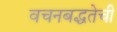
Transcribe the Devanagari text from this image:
वचनबद्धतेची